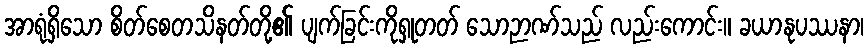
အာရုံရှိသော စိတ်စေတသိနတ်တို့၏ ပျက်ခြင်းကိုရှုတတ် သောဉာဏ်သည် လည်းကောင်း။ ခယာနုပဿနာ၊